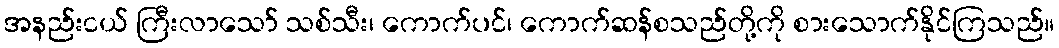
အနည်းငယ် ကြီးလာသော် သစ်သီး၊ ကောက်ပင်၊ ကောက်ဆန်စသည်တို့ကို စားသောက်နိုင်ကြသည်။